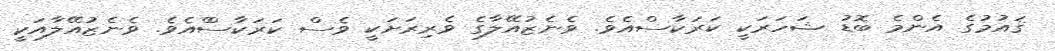
ޤައުމުގެ އެންމެ ބޮޑު ޝަހަރަކީ ކަރަކާސްއެވެ. ވެނެޒުއޭލާގެ ވެރިރަށަކީ ވެސް ކަރަކާސްްއެވެ. ވެނެޒުއޭލާއަކީ